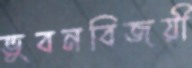
ভুবনবিজয়ী